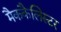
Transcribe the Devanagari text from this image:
मैककैलिस्टर